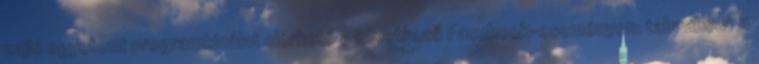
zajló egyetemi programkínálat elérhető a következő Facebook-eseményen: tab=about A